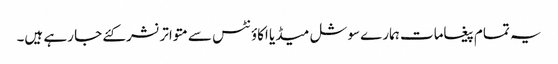
یہ تمام پیغامات ہمارے سوشل میڈیا اکاؤنٹس سے متواترنشرکئے جا رہے ہیں۔